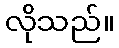
လိုသည်။